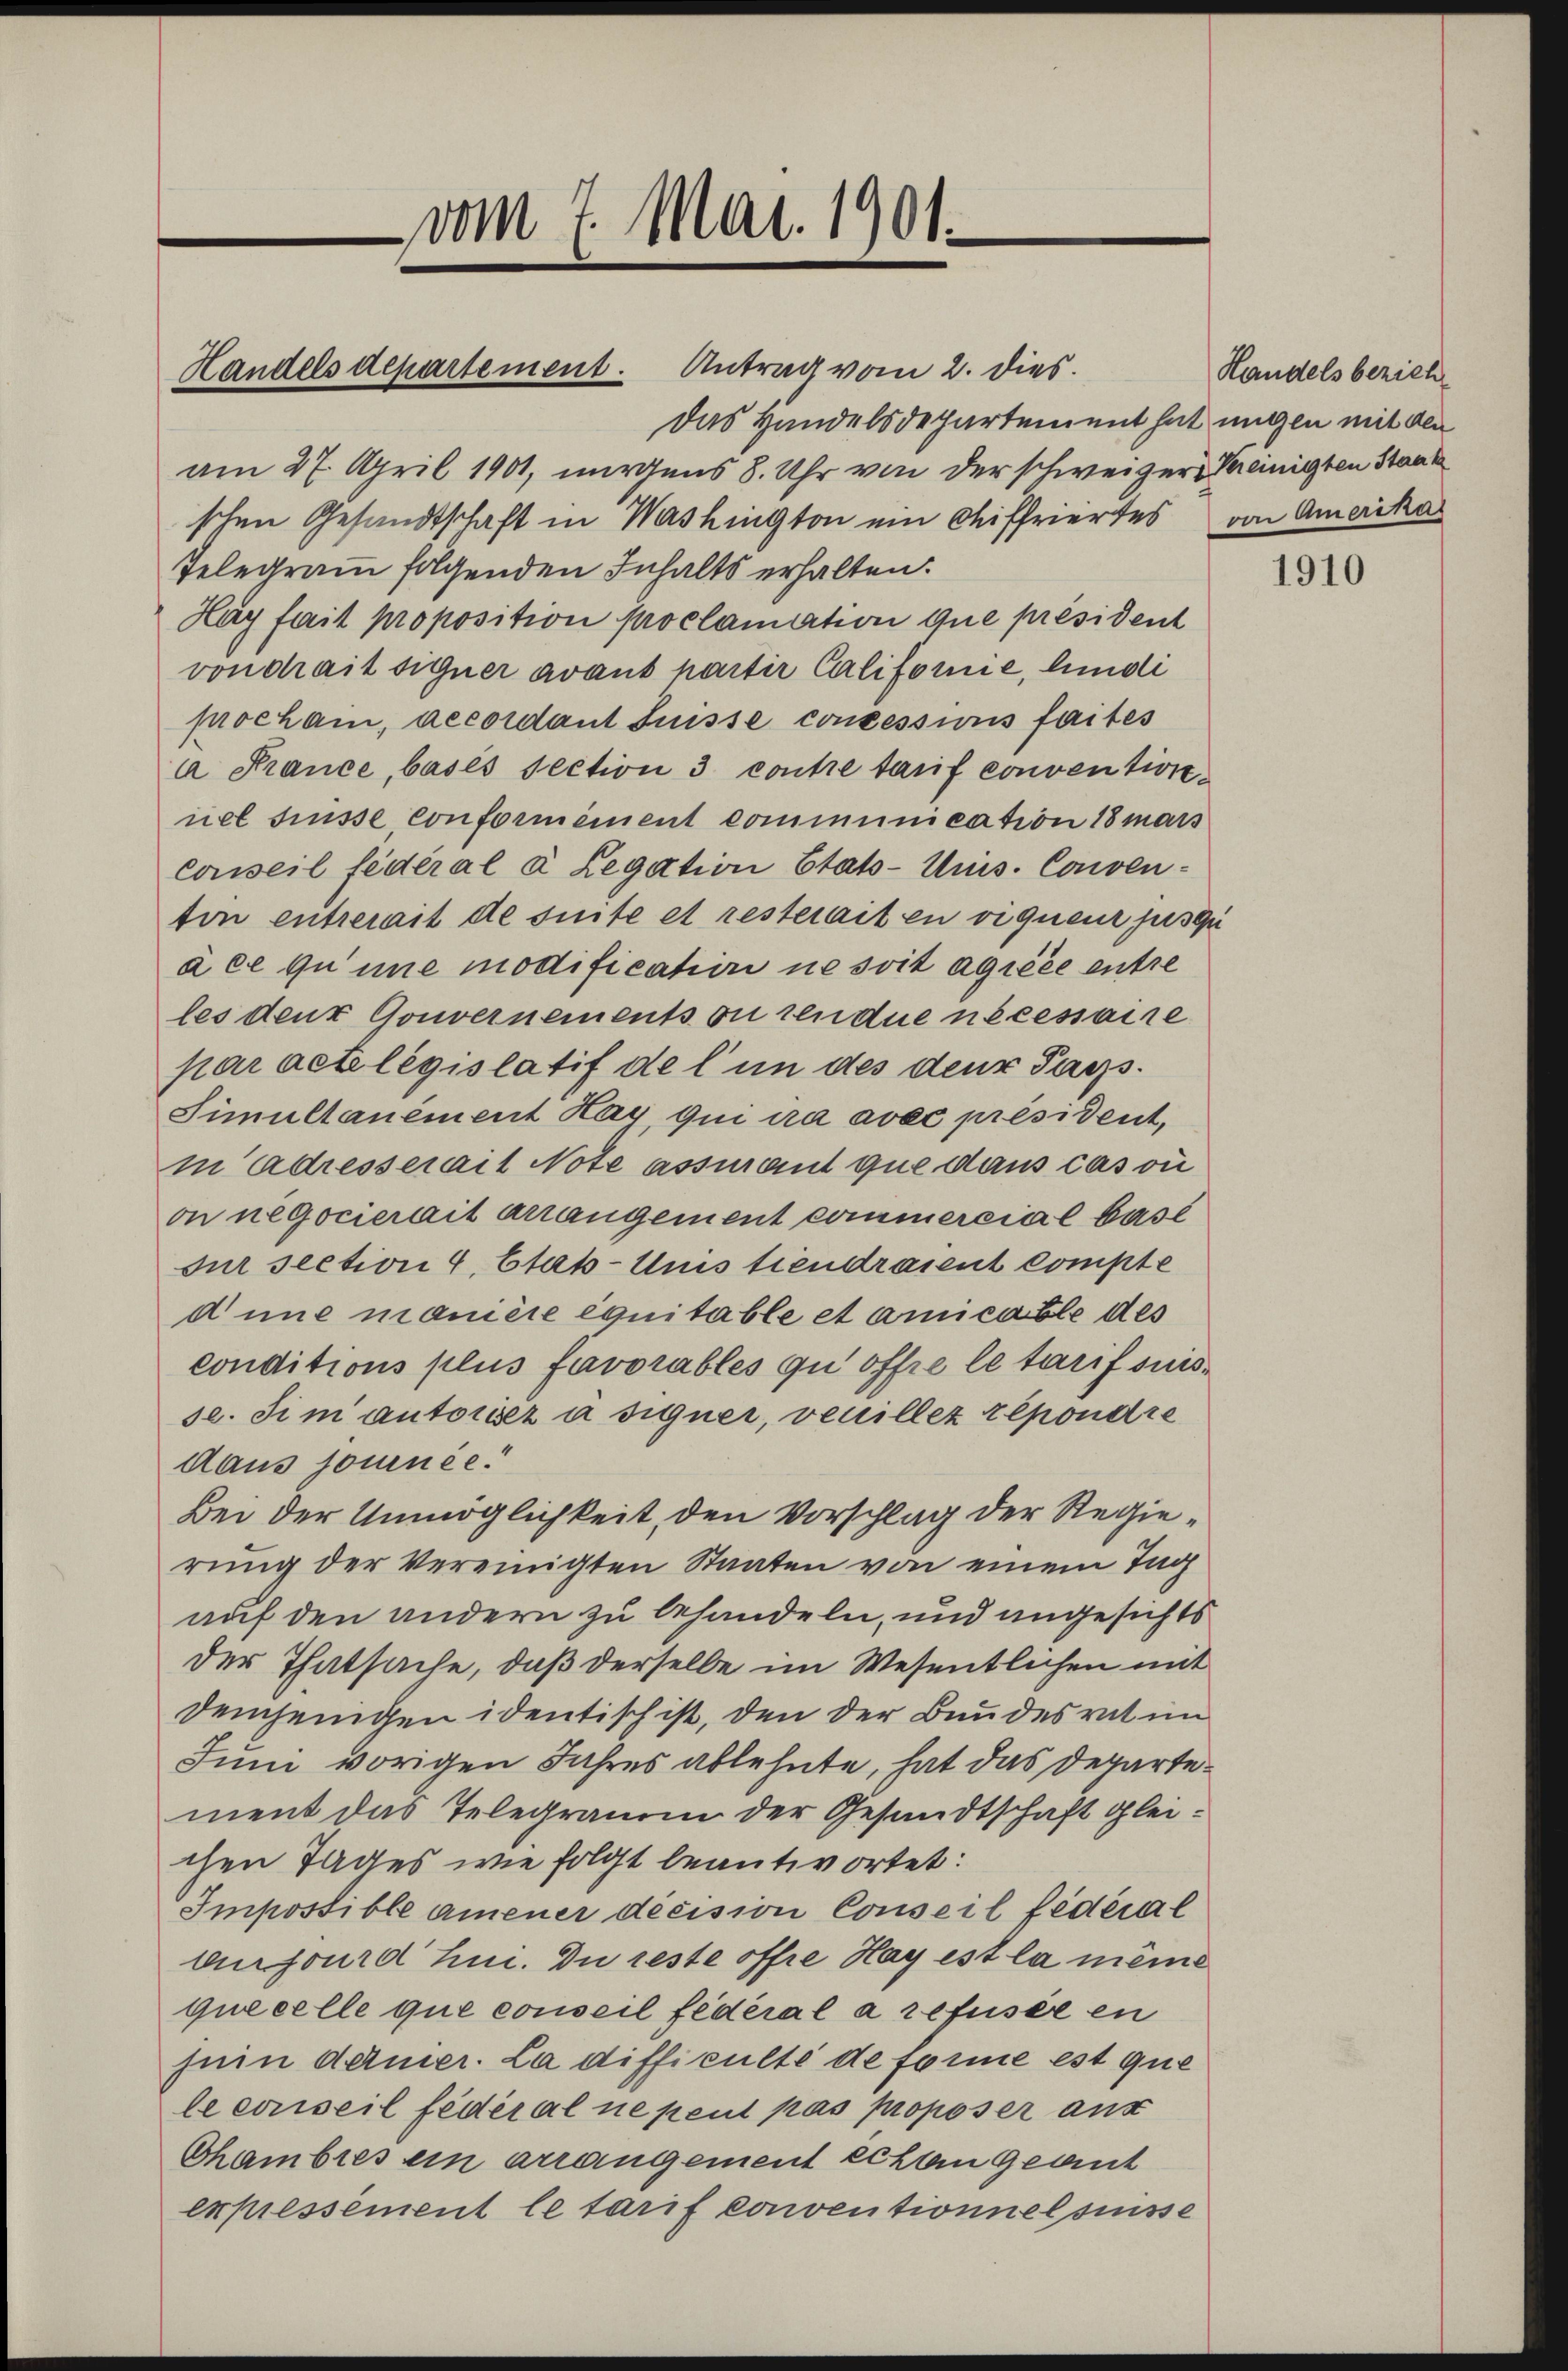
Handels departement. Antrag vom 2. dies

vom 7. Mai. 1901.

Das Handelsdepartement hat migen mit den
am 27. April 1901, nirgens 8. Uhr von der schweizer Vereinigten Staat
schen Gesandtschaft in Washington ein Chiffriertes von Amerika
Telegramm folgenden Inhalts erhalten.
Hay fait proposition proclamation que président
von drait signer avant hartir Califorie, lindi
procham, accordant Suisse conzessins faites
a Krance, basés section 3 contre tarif convention.
nel drüsse, conformément communication 18 mars
conseil fédéral à Legation Etats-Unis. Conventon entrerait de suite et resterait en viquenz jusqu
à ce quine modificatiri ne soit agréée entse
les den Gouvernements ou rendue nécessaire
par actilégislatif de l’un des der Tags¬
Simultanément Hay qui ira avec président,
in Adresserait Note assiant que dans cas ou
on negocierait arrangement commercial base
sur section 4 Etab-Unis tiendraient compte
dine manière équitable et amicable des
conditions plus favorables qu offre le tarif suisse. Sim autoriser à signer, veuillez répondre
daus journee.
Bei der Unmöglichkeit, den Vorschlag der Regierung der Vereinigten Staaten von einem Tag
auf den andern zu behandeln, und angesichts
der Thatsache, daß derselbe im Wesentlichen mit
demjenigen identisch ist, den der Bundesrat im
Juni vorigen Jahres ablehnte, hat das Departement das Telegramm der Gesandtschaft gleichen Tages wie folgt beantwortet:
Impossible amener decision Conseil fédéral
birfourd hin. Du reste offre Hay est la meine
que celle que conseil fédéral a refusée en
juin dermer. La difficulté de forme est que
le conseil fédéral ne peut pas proposer ans
Chambres ein arrangement echten geant
expressement le tarif conventionnelsisse

Handels bezieh

1910